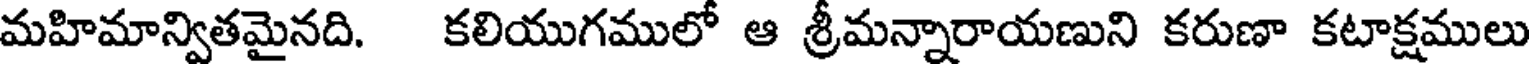
మహిమాన్వితమైనది. కలియుగములో ఆ శ్రీమన్నారాయణుని కరుణా కటాక్షములు